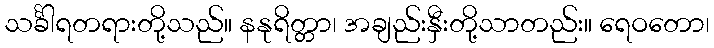
သင်္ခါရတရားတို့သည်။ နနုရိတ္တာ၊ အချည်းနှီးတို့သာတည်း။ ရေဝတော၊